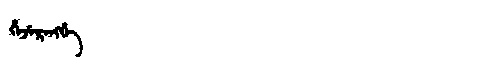
Manchu: ᡥᡝᠵᡝᡵᡝᠩᡤᡝ
Romanization: HEJERENGGE